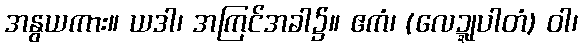
အနွယကား။ ယဒါ၊ အကြင်အခါ၌။ ဧကံ၊ (လေဍ္ဍုပါတံ) ဝါ၊